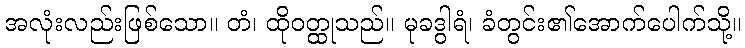
အလုံးလည်းဖြစ်သော။ တံ၊ ထိုဝတ္ထုသည်။ မုခဒွါရံ၊ ခံတွင်း၏အောက်ပေါက်သို့။